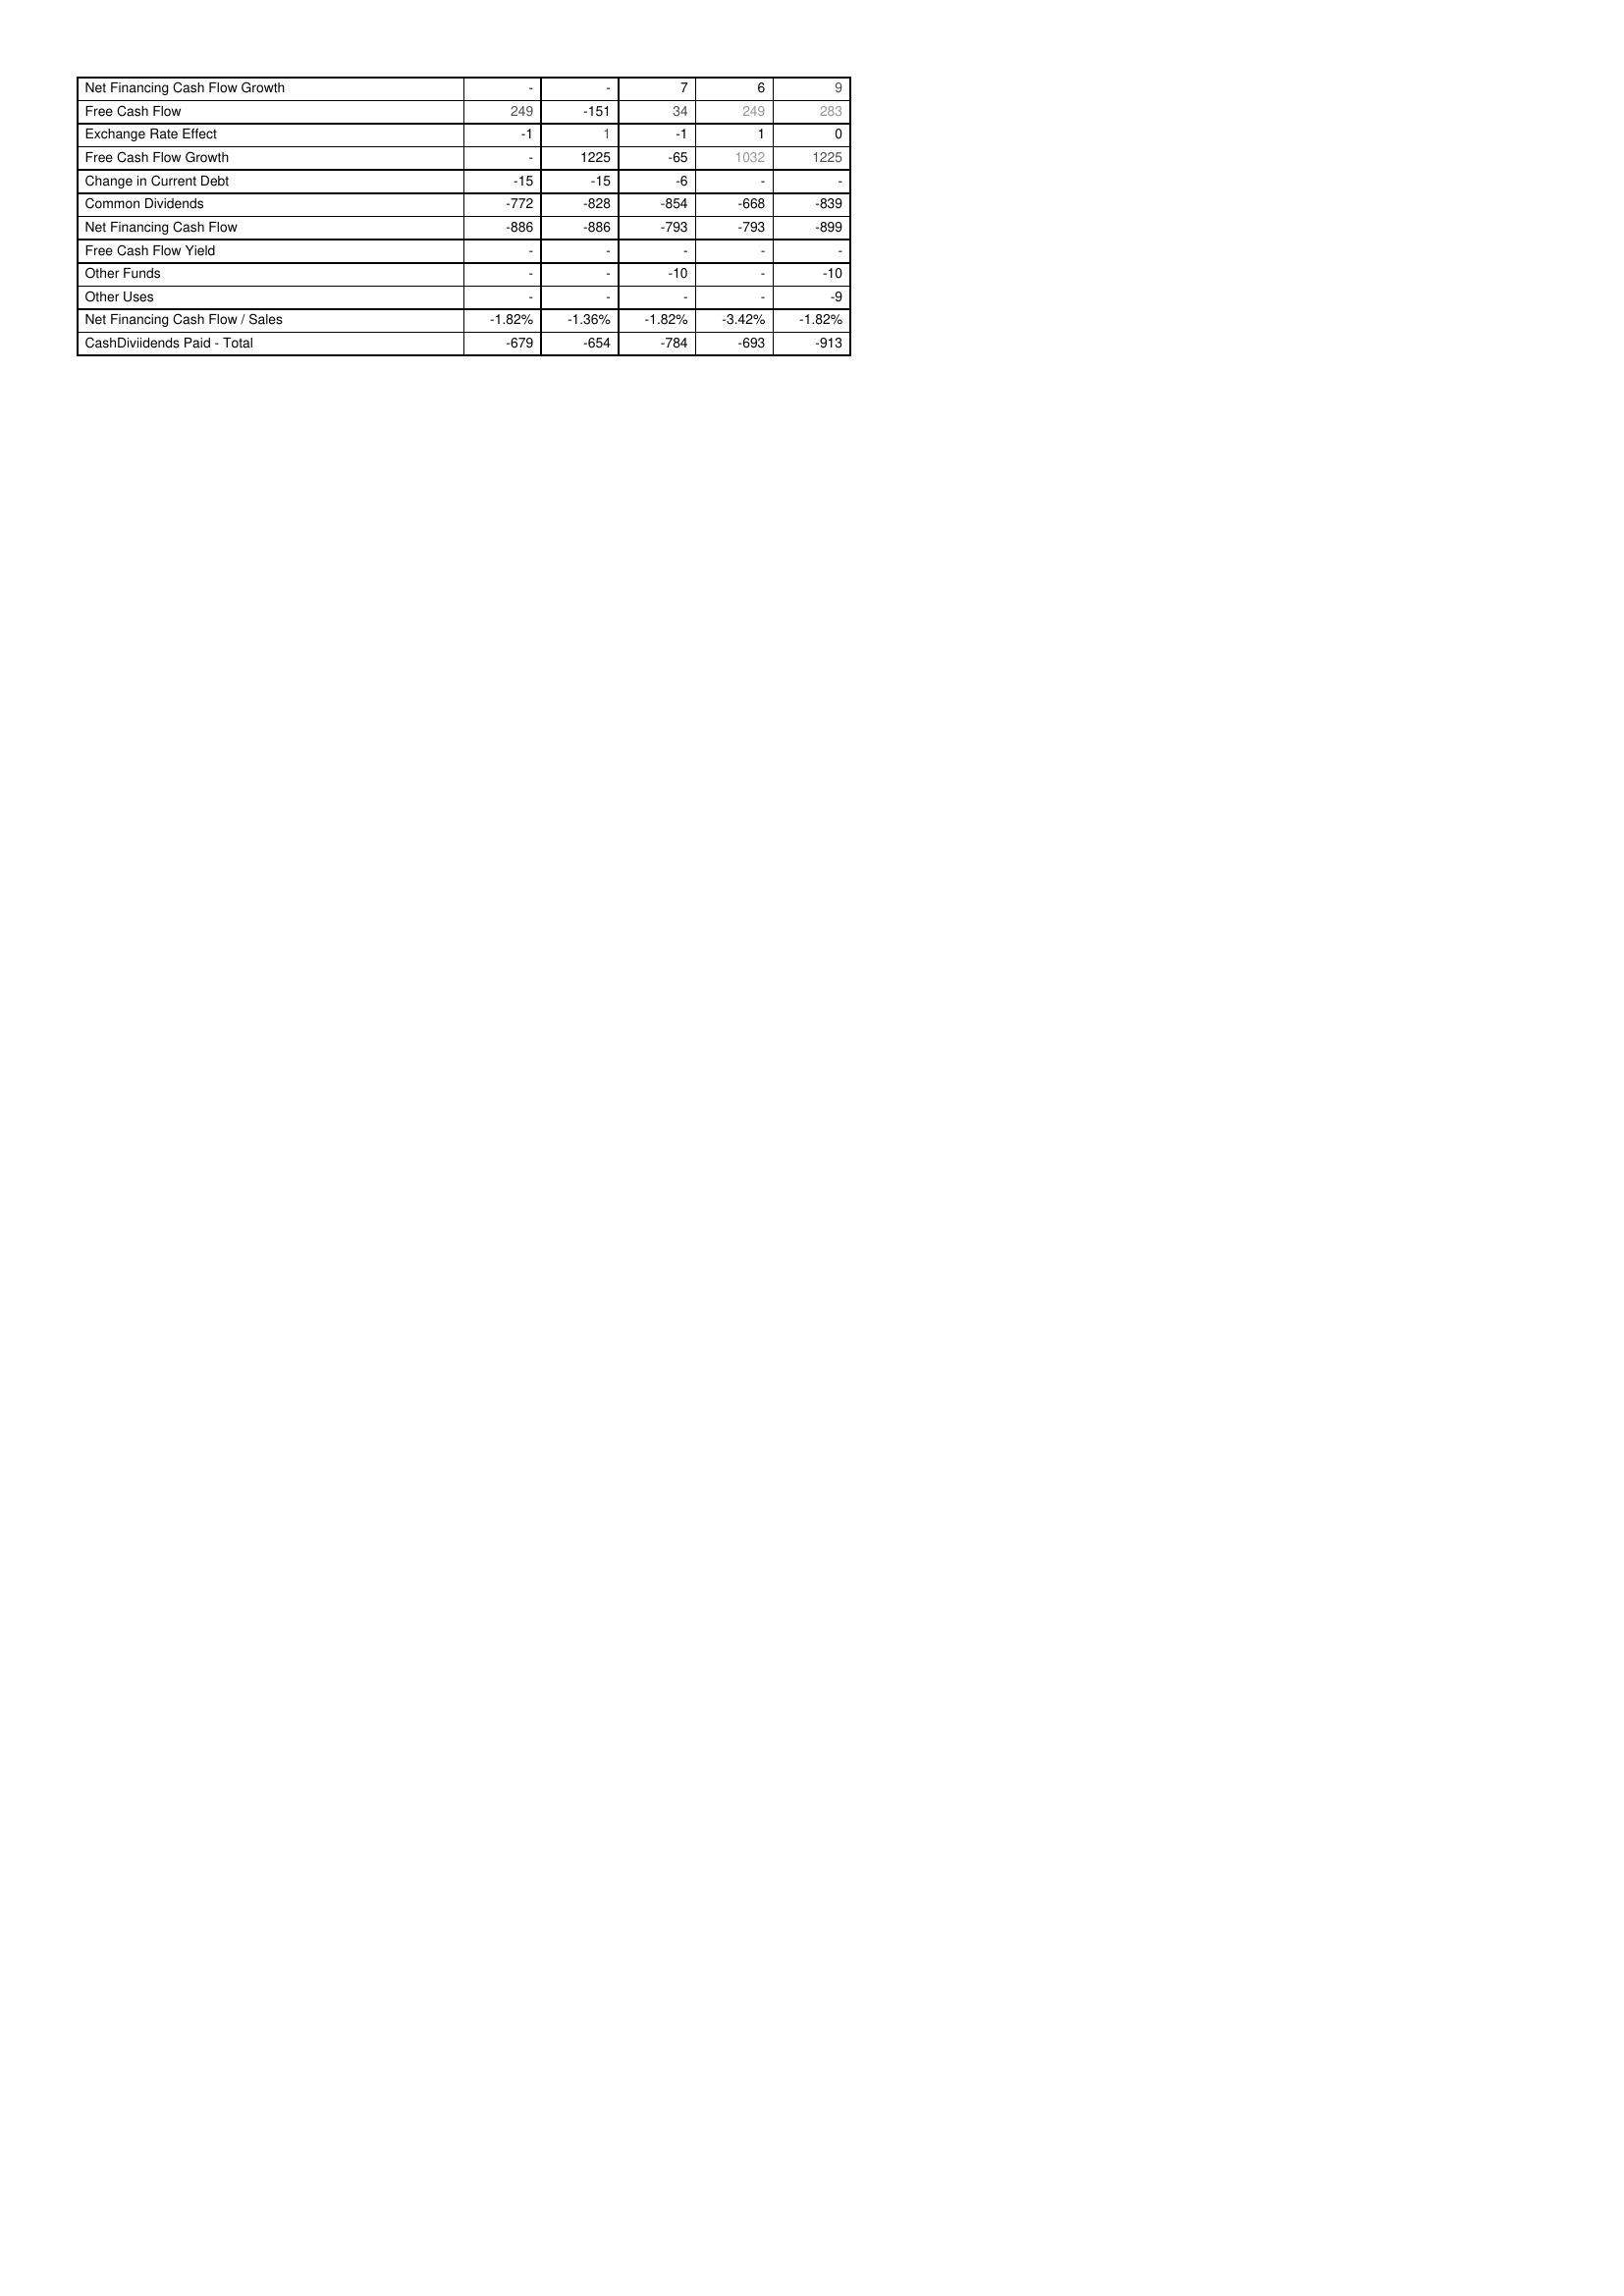
2008: Financing Activities: Net Financing Cash Flow Growth: -
Free Cash Flow: 249
Exchange Rate Effect: -1
Free Cash Flow Growth: -
Change in Current Debt: -15
Common Dividends: -772
Net Financing Cash Flow: -886
Free Cash Flow Yield: -
Other Funds: -
Other Uses: -
Net Financing Cash Flow / Sales: -1.82%
CashDiviidends Paid - Total: -679
2007: Financing Activities: Net Financing Cash Flow Growth: -
Free Cash Flow: -151
Exchange Rate Effect: 1
Free Cash Flow Growth: 1225
Change in Current Debt: -15
Common Dividends: -828
Net Financing Cash Flow: -886
Free Cash Flow Yield: -
Other Funds: -
Other Uses: -
Net Financing Cash Flow / Sales: -1.36%
CashDiviidends Paid - Total: -654
2006: Financing Activities: Net Financing Cash Flow Growth: 7
Free Cash Flow: 34
Exchange Rate Effect: -1
Free Cash Flow Growth: -65
Change in Current Debt: -6
Common Dividends: -854
Net Financing Cash Flow: -793
Free Cash Flow Yield: -
Other Funds: -10
Other Uses: -
Net Financing Cash Flow / Sales: -1.82%
CashDiviidends Paid - Total: -784
2005: Financing Activities: Net Financing Cash Flow Growth: 6
Free Cash Flow: 249
Exchange Rate Effect: 1
Free Cash Flow Growth: 1032
Change in Current Debt: -
Common Dividends: -668
Net Financing Cash Flow: -793
Free Cash Flow Yield: -
Other Funds: -
Other Uses: -
Net Financing Cash Flow / Sales: -3.42%
CashDiviidends Paid - Total: -693
2004: Financing Activities: Net Financing Cash Flow Growth: 9
Free Cash Flow: 283
Exchange Rate Effect: 0
Free Cash Flow Growth: 1225
Change in Current Debt: -
Common Dividends: -839
Net Financing Cash Flow: -899
Free Cash Flow Yield: -
Other Funds: -10
Other Uses: -9
Net Financing Cash Flow / Sales: -1.82%
CashDiviidends Paid - Total: -913